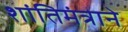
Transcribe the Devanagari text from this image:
शांतिमंत्राने